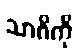
သာဂိကို